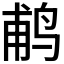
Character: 𬷕